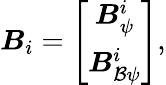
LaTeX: {\boldsymbol{{B}}_{i}}=\left[\begin{array}{c}{{\boldsymbol{{B}}_{\psi}^{i}}}\\ {{\boldsymbol{{B}}_{\mathcal B\psi}^{i}}}\end{array}\right],